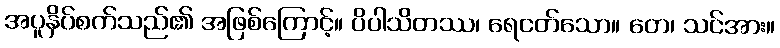
အပူနှိပ်စက်သည်၏ အဖြစ်ကြောင့်။ ပိပါသိတဿ၊ ရေငတ်သော။ တေ၊ သင်အား။